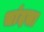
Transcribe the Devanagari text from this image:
चांदसा